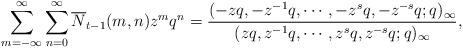
LaTeX: \begin{align*}\sum_{m=-\infty}^{\infty}\sum_{n=0}^{\infty}\overline{N}_{t-1}(m,n)z^{m}q^{n}=\dfrac{(-zq,-z^{-1}q,\cdots,-z^{s}q,-z^{-s}q;q)_{\infty}}{(zq,z^{-1}q,\cdots,z^{s}q,z^{-s}q;q)_{\infty}},\end{align*}